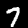
Digit: 7